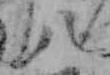
八